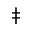
\ddag